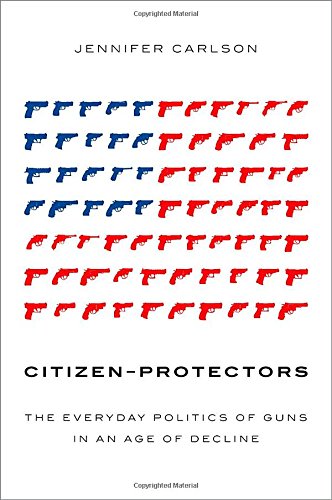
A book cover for Citizen-Protectors: The Everyday Politics of Guns in an Age of Decline; Jennifer Carlson; Politics & Social Sciences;